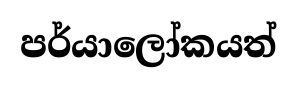
පර්යාලෝකයත්